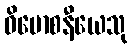
ဝိမောစနီယေသု